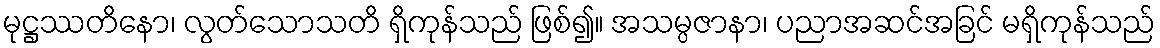
မုဋ္ဌဿတိနော၊ လွတ်သောသတိ ရှိကုန်သည် ဖြစ်၍။ အသမ္ပဇာနာ၊ ပညာအဆင်အခြင် မရှိကုန်သည်